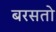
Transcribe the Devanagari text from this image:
बरसतो